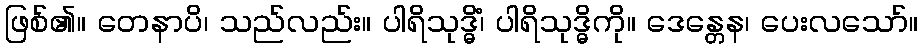
ဖြစ်၏။ တေနာပိ၊ သည်လည်း။ ပါရိသုဒ္ဓိံ၊ ပါရိသုဒ္ဓိကို။ ဒေန္တေန၊ ပေးလသော်။